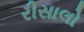
રીસાલો